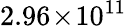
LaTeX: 2.96\! \times\! 10^{11}